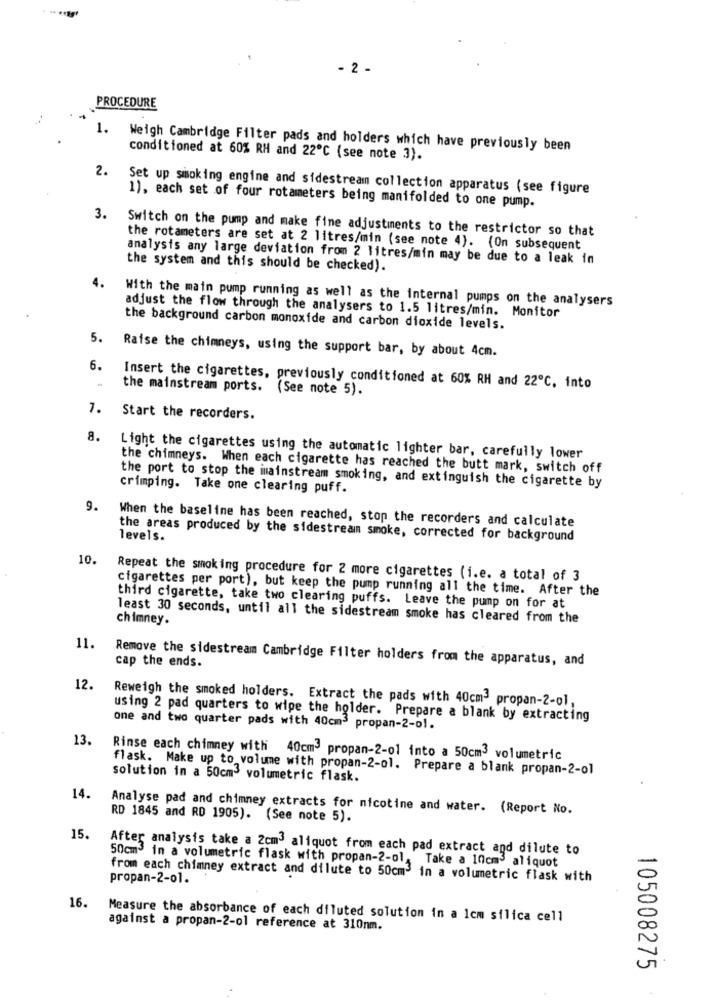
- 2 -
PROCEDURE
1.
Weigh Cambridge Filter pads and holders which have previously been
conditioned at 60% RH and 22℃ (see note 3).
2.
Set up smoking engine and sidestream collection apparatus (see figure
1), each set of four rotameters being manifolded to one pump.
3.
Switch on the pump and make fine adjustments to the restrictor so that
the rotameters are set at 2 litres/min (see note 4). (On subsequent
analysis any large deviation from 2 litres/min may be due to a leak in
the system and this should be checked).
4.
With the main pump running as well as the internal pumps on the analysers
adjust the flow through the analysers to 1.5 litres/min. Monitor
the background carbon monoxide and carbon dioxide levels.
5.
Raise the chimneys, using the support bar, by about 4cm.
6.
the mainstream ports. (See note 5).
Insert the cigarettes, previously conditioned at 60% RH and 22℃, into
1.
Start the recorders.
8.
Light the cigarettes using the automatic lighter bar, carefully lower
the chimneys. When each cigarette has reached the butt mark, switch off
crimping. Take one clearing puff.
the port to stop the imainstream smoking, and extinguish the cigarette by
9.
When the baseline has been reached, stop the recorders and calculate
levels.
the areas produced by the sidestream smoke, corrected for background
10.
Repeat the smoking procedure for 2 more cigarettes (i.e. a total of 3
cigarettes per port), but keep the pump running all the time. After the
third cigarette, take two clearing puffs. Leave the pump on for at
least 30 seconds, until all the sidestream smoke has cleared from the
chimney.
11.
Remove the sidestream Cambridge Filter holders from the apparatus, and
cap the ends.
12.
Reweigh the smoked holders. Extract the pads with 40cm3 propan-2-ol,
using 2 pad quarters to wipe the holder. Prepare a blank by extracting
one and two quarter pads with 40cm3 propan-2-01.
13.
Rinse each chimney with 40cm3 propan-2-01 into a 50cm3 volumetric
flask. Make up to volume with propan-2-ol. Prepare a blank propan-2-ol
solution in a 50cm3 volumetric flask.
14.
Analyse pad and chimney extracts for nicotine and water. (Report No.
RD 1845 and RD 1905). (See note 5).
15.
After analysis take a 2cm3 aliquot from each pad extract and dilute to
50cm3 in a volumetric flask with propan-2-ol, Take a 10cm3 aliquot
from each chimney extract and dilute to 50cm3 in a volumetric flask with
propan-2-01.
16.
Measure the absorbance of each diluted solution in a 1cm silica cell
against a propan-2-o1 reference at 310nm.
105008275